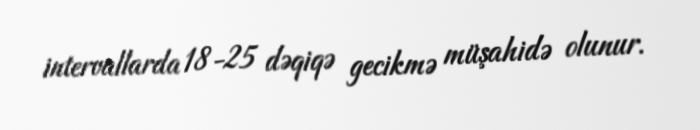
intervallarda 18-25 dəqiqə gecikmə müşahidə olunur.